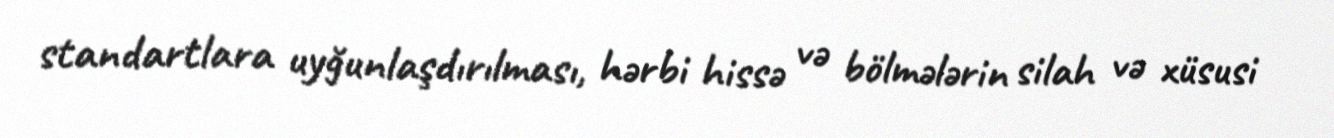
standartlara uyğunlaşdırılması, hərbi hissə və bölmələrin silah və xüsusi